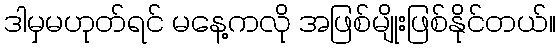
ဒါမှမဟုတ်ရင် မနေ့ကလို အဖြစ်မျိုးဖြစ်နိုင်တယ်။